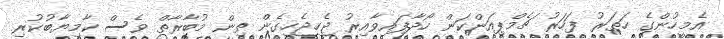
އެމީހުންގެ ހަތަރު ފަހަރު ޗެމްޕިއަންކަން ހޯދާފައިވާއިރު ޖެހިޖެހިގެން ތިން މުބާރާތް ވެސް ކާމިޔާބުކުރި